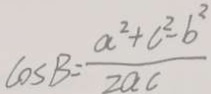
\cos B = \frac { a ^ { 2 } + c ^ { 2 } - b ^ { 2 } } { 2 a c }